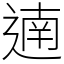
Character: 遖